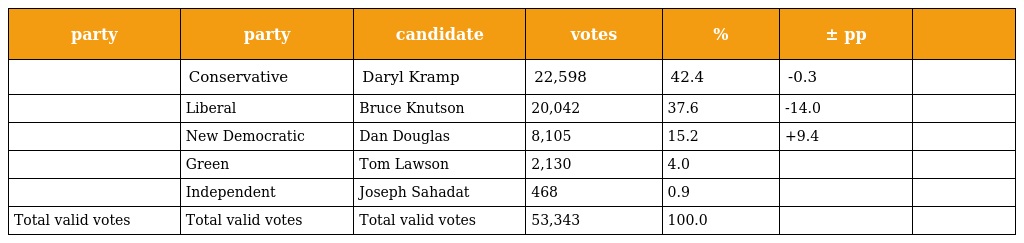
| party | party | candidate | votes | % | ± pp |  |
 | --- | --- | --- | --- | --- | --- | --- |
 |  | Conservative | Daryl Kramp | 22,598 | 42.4 | -0.3 |  |
 |  | Liberal | Bruce Knutson | 20,042 | 37.6 | -14.0 |  |
 |  | New Democratic | Dan Douglas | 8,105 | 15.2 | +9.4 |  |
 |  | Green | Tom Lawson | 2,130 | 4.0 |  |  |
 |  | Independent | Joseph Sahadat | 468 | 0.9 |  |  |
 | Total valid votes | Total valid votes | Total valid votes | 53,343 | 100.0 |  |  |